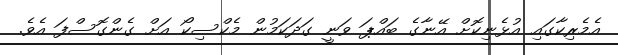
އެމެރިކާގައި އުޅެނިކޮށް އޭނާގެ ބައްޕަ ވަނީ ގަދަކަމުން މެކްސިކޯ އަށް ގެންގޮސްފަ އެވެ.